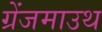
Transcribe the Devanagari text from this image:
ग्रेंजमाउथ